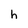
Character: h